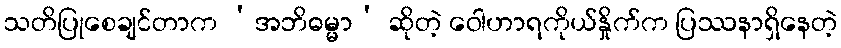
သတိပြုစေချင်တာက ‘အဘိဓမ္မာ’ ဆိုတဲ့ ဝေါဟာရကိုယ်နှိုက်က ပြဿနာရှိနေတဲ့